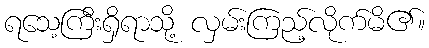
ရသေ့ကြီးရှိရာသို့ လှမ်းကြည့်လိုက်မိ၏။